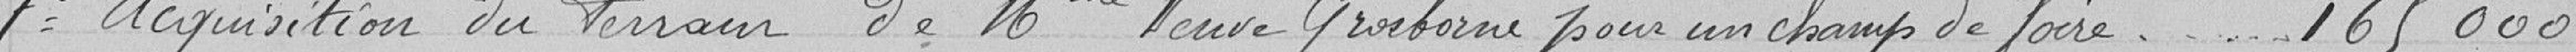
7° Acquisition du terrain de Madame veuve Grosborne pour un champ de foire - - - 165 000